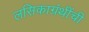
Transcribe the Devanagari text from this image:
लसिकाग्रंथींची